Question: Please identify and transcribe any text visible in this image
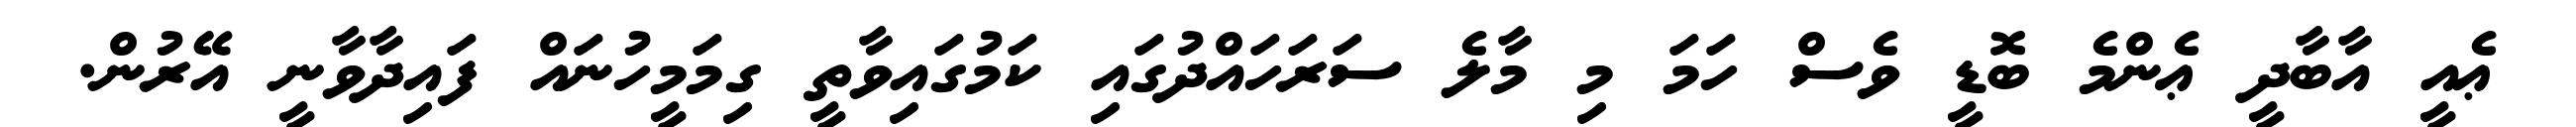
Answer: ޢެއީ އާބާދީ ޢެންމެ ބޮޑީ ވެސް ހަމަ މި މާލެ ސަރަހައްދުގައި ކަމުގައިވާތީ ގިމަމީހުނައް ފައިދާވާނީ އޭރުން.